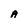
Character: A